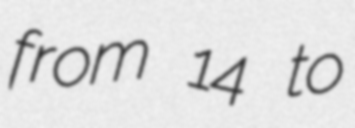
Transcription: from 14 to